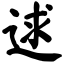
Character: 逑